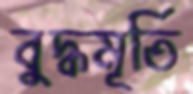
বুদ্ধমূর্তি